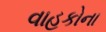
વાહકોના